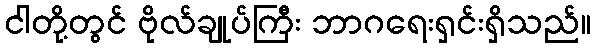
ငါတို့တွင် ဗိုလ်ချုပ်ကြီး ဘာဂရေးရှင်းရှိသည်။